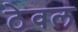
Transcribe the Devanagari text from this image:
ठेवल